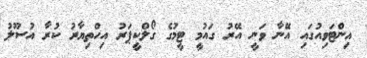
އިންޓަވިއުގައި އޭނާ ވަނީ އޭރު ގައުމީ ޓީމުގެ ގޯލްކީޕަރު އިހްތިޔާރު ކުރާ އުސޫލު